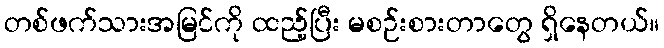
တစ်ဖက်သားအမြင်ကို ထည့်ပြီး မစဉ်းစားတာတွေ ရှိနေတယ်။